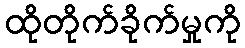
ထိုတိုက်ခိုက်မှုကို